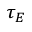
\tau _ { E }